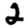
Digit: 2